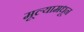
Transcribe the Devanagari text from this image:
मूल्यामधून